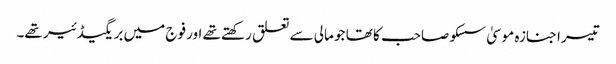
تیسرا جنازہ موسیٰ سسکو صاحب کا تھا جو مالی سے تعلق رکھتے تھے اور فوج میں بریگیڈئیر تھے۔